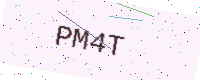
Text: PM4T